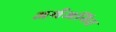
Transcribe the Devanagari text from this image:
अर्थजनित